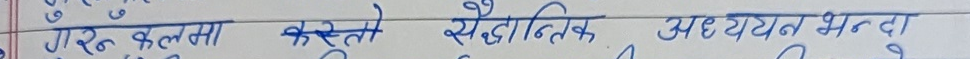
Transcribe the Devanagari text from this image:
गरु कस्तो सैद्धान्तिक अध्ययन भन्दा